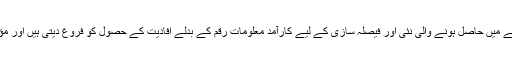
یہی نہیں،ایکرووئل پر عمل درآمد کے نتیجے میں حاصل ہونے والی نئی اور فیصلہ سازی کے لیے کارآمد معلومات رقم کے بدلے افادیت کے حصول کو فروغ دیتی ہیں اور مؤثرپبلک اسکروٹنی میں مدد فراہم کرتی ہیں۔